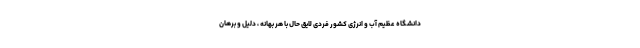
دانشگاه عظیم آب و انرژی کشور فردی لایق حال با هر بهانه ، دلیل و برهان